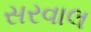
સરવાલ